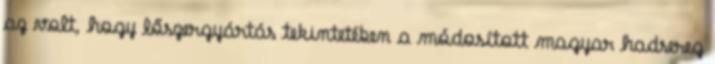
az volt, hogy lőszergyártás tekintetében a módosított magyar hadsereg